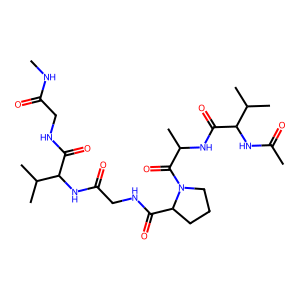
SMILES: CNC(=O)CNC(=O)C(NC(=O)CNC(=O)C1CCCN1C(=O)C(C)NC(=O)C(NC(C)=O)C(C)C)C(C)C
Inhibits HIV replication: No